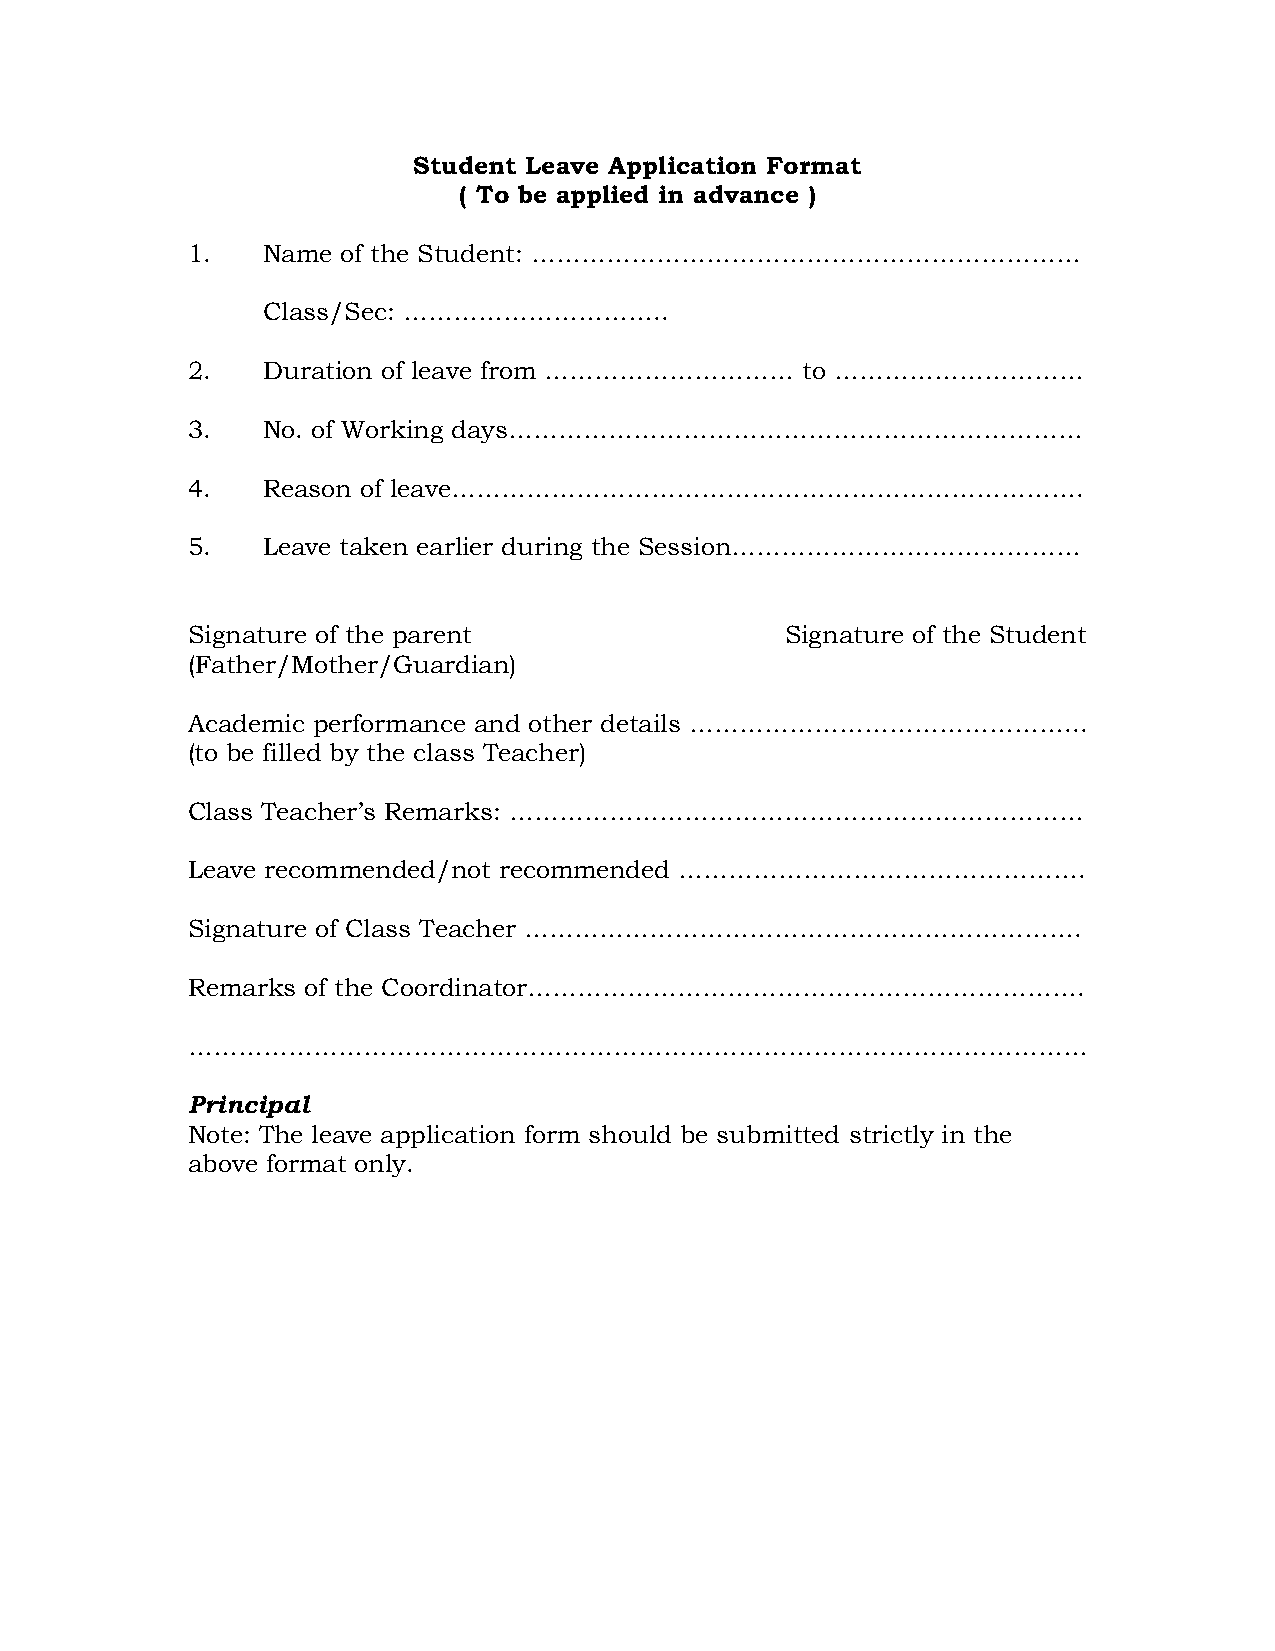
Student Leave Application Format
 ( To be applied in advance )
 1.   Name  of the Student: …………………………………………………………
 Class/Sec: …………………………..
 2.   Duration of leave from …………………………   to …………………………
 3.   No. of Working days……………………………………………………………
 4.   Reason of leave………………………………………………………………….
 5.   Leave taken earlier during the Session……………………………………
 Signature of the parent                 Signature of the Student
 (Father/Mother/Guardian)
 Academic performance and other details ………………………………………...
 (to be filled by the class Teacher)
 Class Teacher’s Remarks: ……………………………………………………………
 Leave recommended/not recommended ………………………………………….
 Signature of Class Teacher ………………………………………………………….
 Remarks of the Coordinator………………………………………………………….
 ………………………………………………………………………………………………
 Principal
 Note: The leave application form should be submitted strictly in the
 above format only.